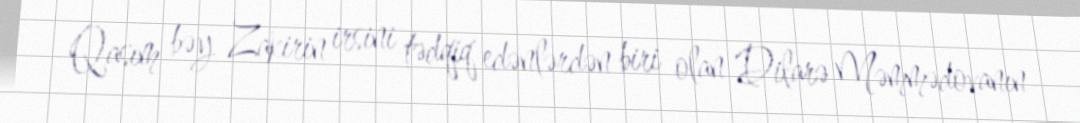
Qasım bəy Zakirin irsini tədqiq edənlərdən biri olan Dilarə Məmmədovanın